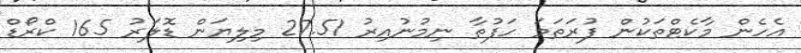
އެހެން މާކެޓްތަކުން ފުރަތަމަ ހަފުތާ ނިމުނުއިރު 27.51 މިލިޔަން ޑޮލަރު 165 ކްރޯޑް